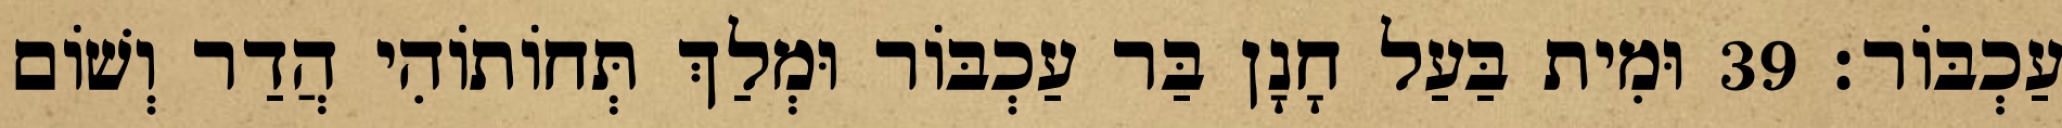
עַכְבּוֹר׃ 39 וּמִית בַּעַל חָנָן בַּר עַכְבּוֹר וּמְלַךְ תְּחוֹתוֹהִי הֲדַר וְשׁוֹם